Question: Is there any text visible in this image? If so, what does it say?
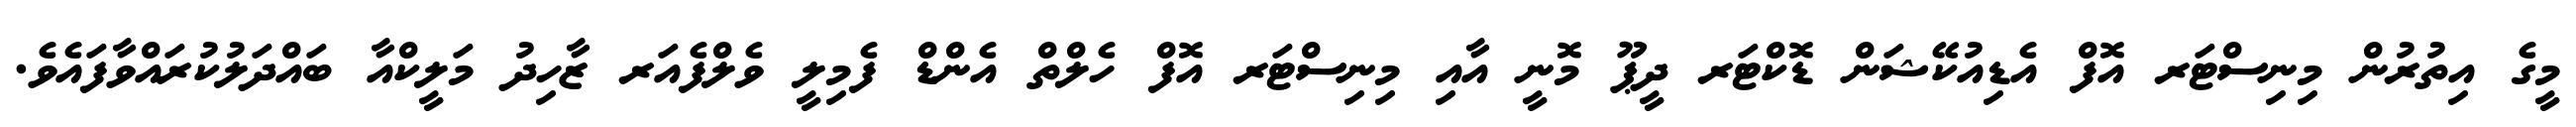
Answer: މީގެ އިތުރުން މިނިސްޓަރ އޮފް އެޑިއުކޭޝަން ޑޮކްޓަރ ދީޕޫ މޮނީ އާއި މިނިސްޓަރ އޮފް ހެލްތް އެންޑް ފެމިލީ ވެލްފެއަރ ޒާހިދު މަލީކްއާ ބައްދަލުކުރައްވާފައެވެ.